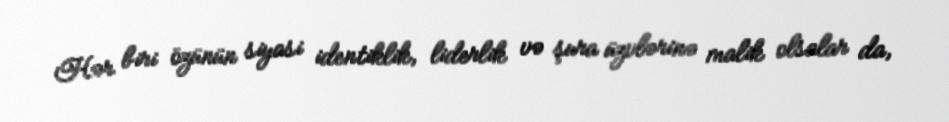
Hər biri özünün siyasi identiklik, liderlik və şura üzvlərinə malik olsalar da,